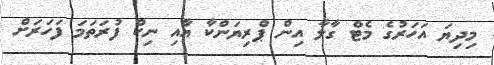
މިދިޔަ އަހަރުގެ މެޓް ގާލާ އިން ޕްރިޔަންކާ އާއި ނިކް ފުރަތަމަ ފަހަރަށް